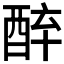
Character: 𨠪